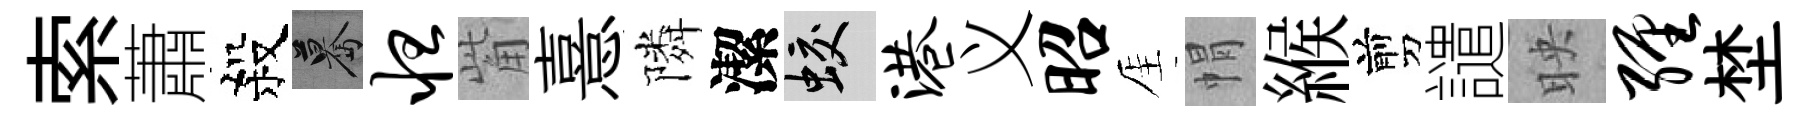
索蕭殺驀怛觜憙隣潔蛟港义昭厓㡌緱剪譴映缠埜